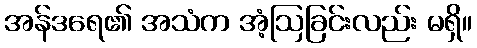
အန်ဒရေ၏ အသံက အံ့ဩခြင်းလည်း မရှိ။